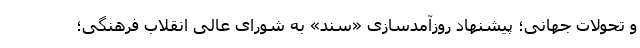
و تحولات جهانی؛ پیشنهاد روزآمدسازی «سند» به شورای عالی انقلاب فرهنگی؛